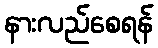
နားလည်စေရန်